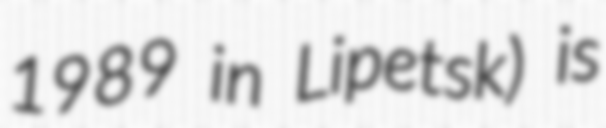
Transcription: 1989 in Lipetsk) is